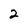
Character: 2